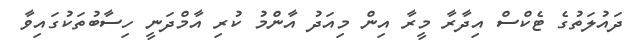
ދައުލަތުގެ ޓެކްސް އިދާރާ މީރާ އިން މިއަދު އާންމު ކުރި އާމްދަނީ ހިސާބުތަކުގައިވާ